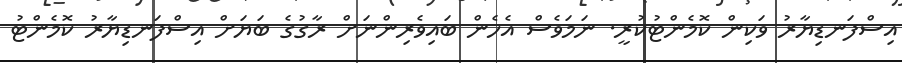
އިސްފަނޑިޔާރު ވަކިން ކޮމެންޓުކުރީ. ނަމަވެސް އެހެން ބައިވެރިންނަށް ރާގުގެ ބަޔަށް އިސްފަނޑިޔާރު ކޮމެންޓު